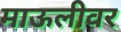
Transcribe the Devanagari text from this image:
माऊलीवर